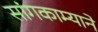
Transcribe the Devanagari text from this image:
सांगकाम्याने